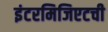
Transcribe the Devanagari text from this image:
इंटरमिजिएटची